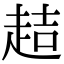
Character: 趌